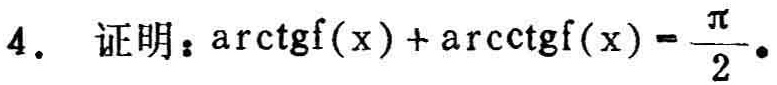
4. 证明：\(\arctan f(x) + \text{arccot} f(x)=\frac{\pi}{2}\)